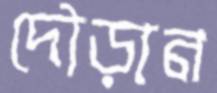
দৌড়ান